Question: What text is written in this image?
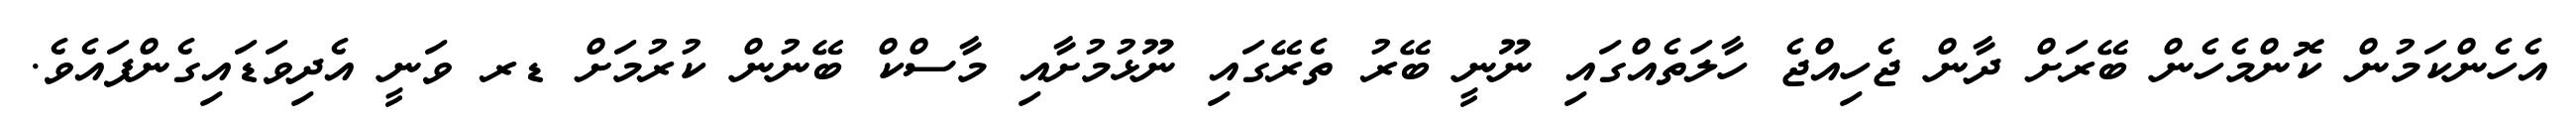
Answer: އެހެންކަމުން ކޮންމެހެން ބޭރަށް ދާން ޖެހިއްޖެ ހާލަތެއްގައި ނޫނީ ބޭރު ތެރޭގައި ނޫޅުމުށާއި މާސްކް ބޭނުން ކުރުމަށް ޑރ ވަނީ އެދިވަޑައިގެންފައެވެ.